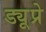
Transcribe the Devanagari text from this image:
ड्यूप्रे